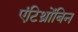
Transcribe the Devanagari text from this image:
एंटिथ्रोंबिन